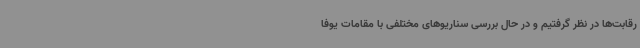
رقابت‌ها در نظر گرفتیم و در حال بررسی سناریوهای مختلفی با مقامات یوفا